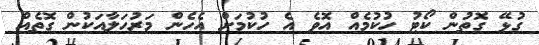
ގުޅޭ ގޮތުން ކޯޓު ހުކުމެއް އޮވެ އެ ހުކުމަށް އެހެން މަރުހަލާއަކުން ގޮތެއް